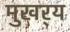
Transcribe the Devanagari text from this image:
मुखर्‍य